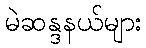
မဲဆန္ဒနယ်များ